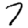
Digit: 7